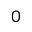
0